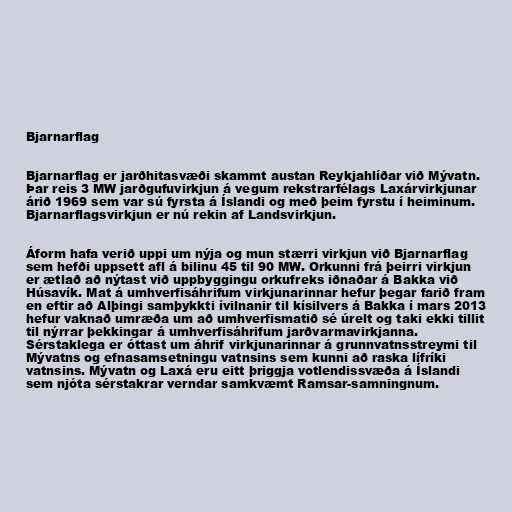
Bjarnarflag

Bjarnarflag er jarðhitasvæði skammt austan Reykjahlíðar við Mývatn.
Þar reis 3 MW jarðgufuvirkjun á vegum rekstrarfélags Laxárvirkjunar
árið 1969 sem var sú fyrsta á Íslandi og með þeim fyrstu í heiminum.
Bjarnarflagsvirkjun er nú rekin af Landsvirkjun.

Áform hafa verið uppi um nýja og mun stærri virkjun við Bjarnarflag
sem hefði uppsett afl á bilinu 45 til 90 MW. Orkunni frá þeirri virkjun
er ætlað að nýtast við uppbyggingu orkufreks iðnaðar á Bakka við
Húsavík. Mat á umhverfisáhrifum virkjunarinnar hefur þegar farið fram
en eftir að Alþingi samþykkti ívilnanir til kísilvers á Bakka í mars 2013
hefur vaknað umræða um að umhverfismatið sé úrelt og taki ekki tillit
til nýrrar þekkingar á umhverfisáhrifum jarðvarmavirkjanna.
Sérstaklega er óttast um áhrif virkjunarinnar á grunnvatnsstreymi til
Mývatns og efnasamsetningu vatnsins sem kunni að raska lífríki
vatnsins. Mývatn og Laxá eru eitt þriggja votlendissvæða á Íslandi
sem njóta sérstakrar verndar samkvæmt Ramsar-samningnum.